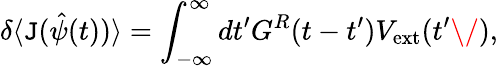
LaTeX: \delta\langle\mathtt{J}(\hat{{\psi}}(t))\rangle=\int_{-\infty}^{\infty}dt^{\prime}G^{R}(t-t^{\prime})V_{\mathrm{{ext}}}(t^{\prime}\/ ),